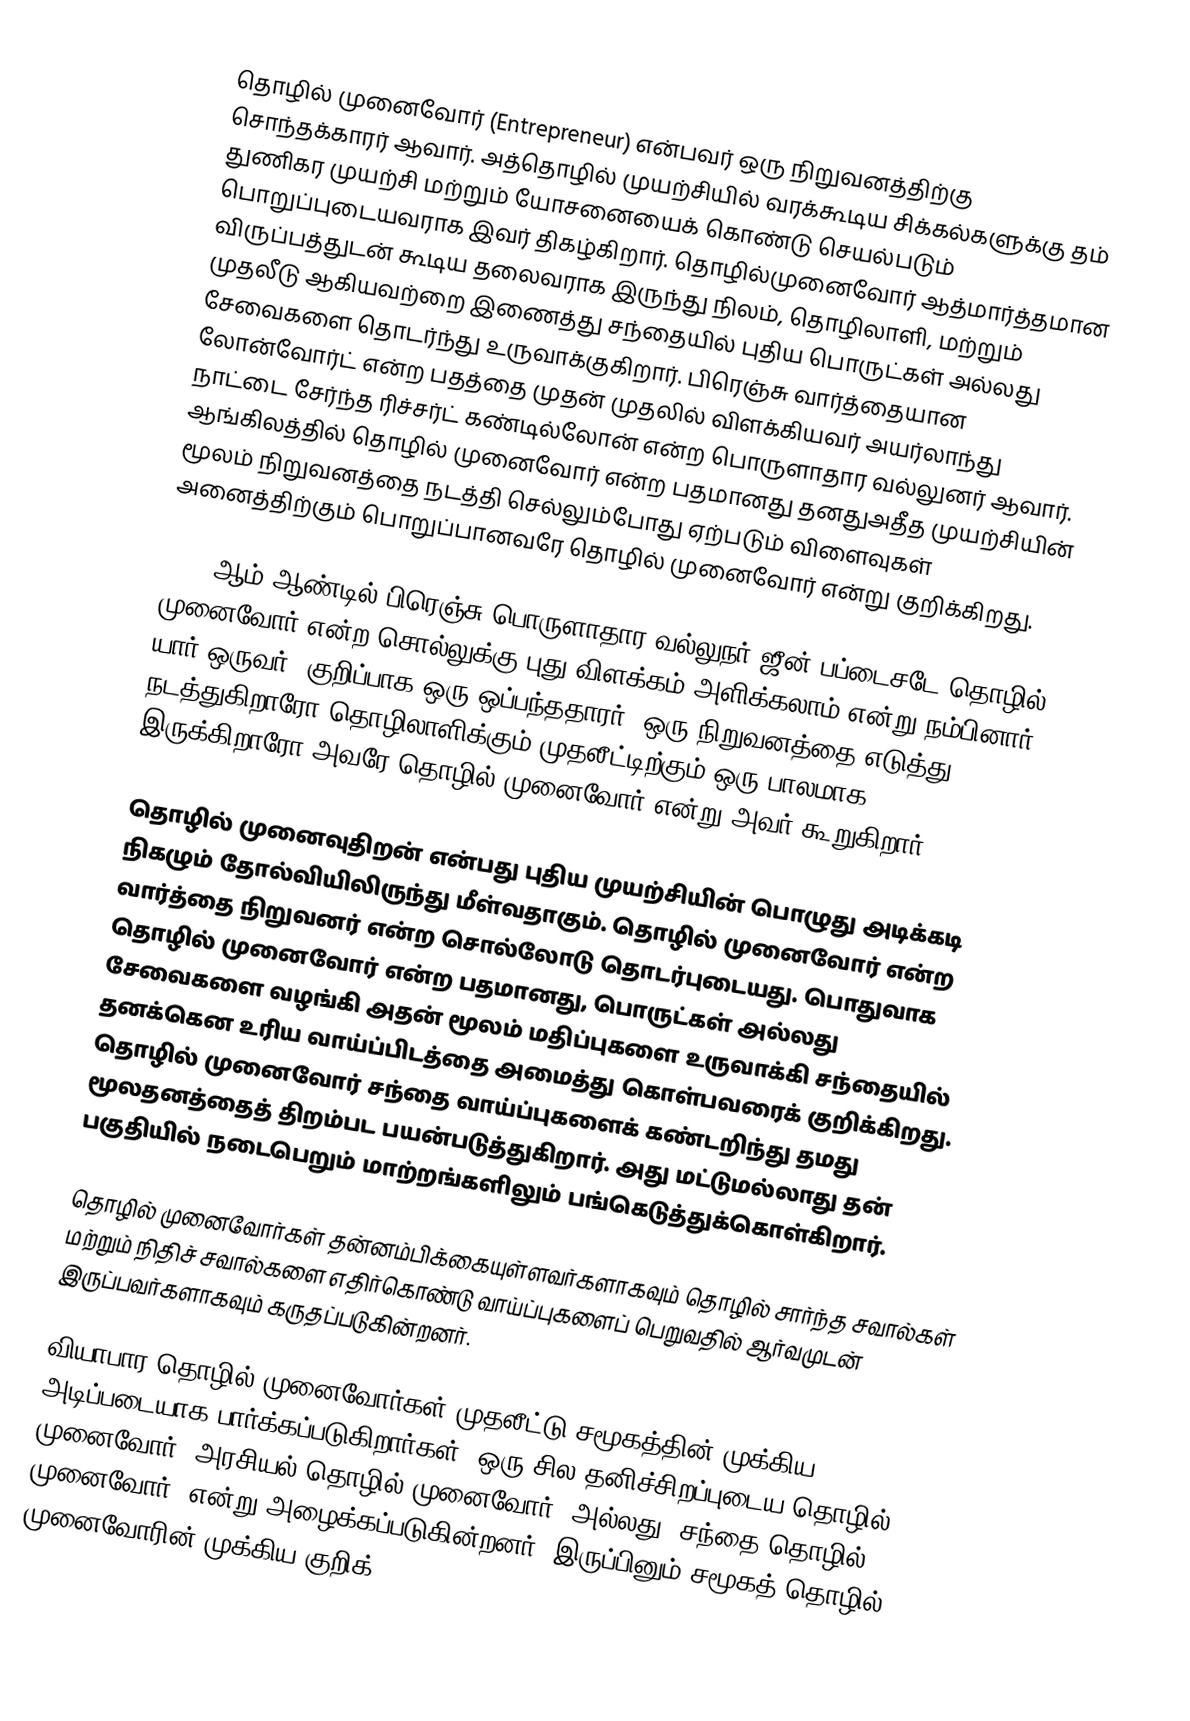
தொழில் முனைவோர் (Entrepreneur) என்பவர் ஒரு நிறுவனத்திற்கு சொந்தக்காரர் ஆவார். அத்தொழில் முயற்சியில் வரக்கூடிய சிக்கல்களுக்கு தம் துணிகர முயற்சி மற்றும் யோசனையைக் கொண்டு செயல்படும் பொறுப்புடையவராக இவர் திகழ்கிறார். தொழில்முனைவோர் ஆத்மார்த்தமான விருப்பத்துடன் கூடிய தலைவராக இருந்து   நிலம், தொழிலாளி, மற்றும் முதலீடு ஆகியவற்றை இணைத்து சந்தையில் புதிய பொருட்கள் அல்லது சேவைகளை தொடர்ந்து உருவாக்குகிறார். பிரெஞ்சு வார்த்தையான லோன்வோர்ட் என்ற பதத்தை முதன் முதலில் விளக்கியவர் அயர்லாந்து நாட்டை சேர்ந்த ரிச்சர்ட் கண்டில்லோன் என்ற பொருளாதார வல்லுனர் ஆவார். ஆங்கிலத்தில் தொழில் முனைவோர் என்ற பதமானது தனதுஅதீத முயற்சியின் மூலம் நிறுவனத்தை நடத்தி செல்லும்போது ஏற்படும் விளைவுகள் அனைத்திற்கும் பொறுப்பானவரே தொழில் முனைவோர் என்று குறிக்கிறது.

1800 ஆம் ஆண்டில் பிரெஞ்சு பொருளாதார வல்லுநர் ஜீன்-பப்டைசடே தொழில் முனைவோர் என்ற சொல்லுக்கு புது விளக்கம் அளிக்கலாம் என்று நம்பினார். யார் ஒருவர், குறிப்பாக ஒரு ஒப்பந்ததாரர், ஒரு நிறுவனத்தை எடுத்து நடத்துகிறாரோ தொழிலாளிக்கும் முதலீட்டிற்கும் ஒரு பாலமாக இருக்கிறாரோ அவரே தொழில் முனைவோர் என்று அவர் கூறுகிறார்.

தொழில் முனைவுதிறன் என்பது  புதிய முயற்சியின் பொழுது அடிக்கடி நிகழும் தோல்வியிலிருந்து மீள்வதாகும். தொழில் முனைவோர் என்ற வார்த்தை நிறுவனர் என்ற சொல்லோடு தொடர்புடையது. பொதுவாக தொழில் முனைவோர் என்ற பதமானது, பொருட்கள் அல்லது சேவைகளை வழங்கி அதன் மூலம் மதிப்புகளை உருவாக்கி சந்தையில் தனக்கென உரிய வாய்ப்பிடத்தை அமைத்து கொள்பவரைக்  குறிக்கிறது. தொழில் முனைவோர் சந்தை வாய்ப்புகளைக் கண்டறிந்து தமது மூலதனத்தைத் திறம்பட பயன்படுத்துகிறார். அது மட்டுமல்லாது தன் பகுதியில் நடைபெறும் மாற்றங்களிலும் பங்கெடுத்துக்கொள்கிறார்.

தொழில் முனைவோர்கள் தன்னம்பிக்கையுள்ளவர்களாகவும் தொழில் சார்ந்த சவால்கள் மற்றும் நிதிச் சவால்களை எதிர்கொண்டு வாய்ப்புகளைப் பெறுவதில் ஆர்வமுடன் இருப்பவர்களாகவும் கருதப்படுகின்றனர்.

வியாபார தொழில் முனைவோர்கள் முதலீட்டு சமூகத்தின் முக்கிய அடிப்படையாக பார்க்கப்படுகிறார்கள். ஒரு சில தனிச்சிறப்புடைய தொழில் முனைவோர் "அரசியல் தொழில் முனைவோர்" அல்லது "சந்தை தொழில் முனைவோர்" என்று அழைக்கப்படுகின்றனர். இருப்பினும் சமூகத் தொழில் முனைவோரின் முக்கிய குறிக்